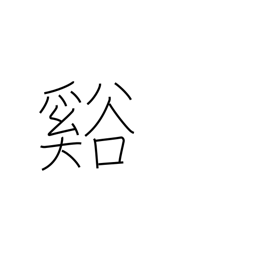
Meaning: valley